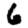
Digit: 6